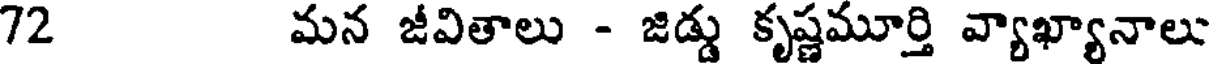
72 మన జీవితాలు - జిడ్డు కృష్ణమూర్తి వ్యాఖ్యానాలు